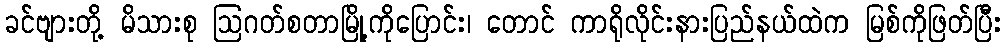
ခင်ဗျားတို့ မိသားစု ဩဂတ်စတာမြို့ကိုပြောင်း၊ တောင် ကာရိုလိုင်းနားပြည်နယ်ထဲက မြစ်ကိုဖြတ်ပြီး